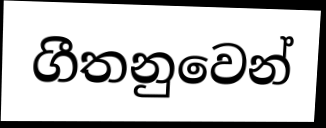
ගීතනුවෙන්